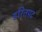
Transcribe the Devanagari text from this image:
हरितपट